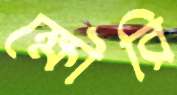
ক্ষৌরি